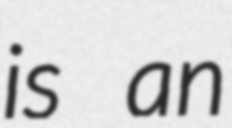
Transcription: is an